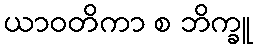
ယာဝတိကာ စ ဘိက္ခူ